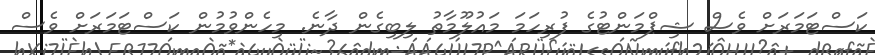
ކަސްޓަމަރަށް ވެސް ޝިޕްމަންޓުގެ ފުރިހަމަ މައުލޫމާތު ލިބިގެން ދާނެ. މިހެންވުމުން ކަސްޓަމަރަށް ވެސް